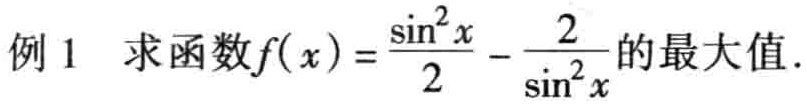
例 1 求函数\(f(x)=\frac{\sin^{2}x}{2}-\frac{2}{\sin^{2}x}\)的最大值.